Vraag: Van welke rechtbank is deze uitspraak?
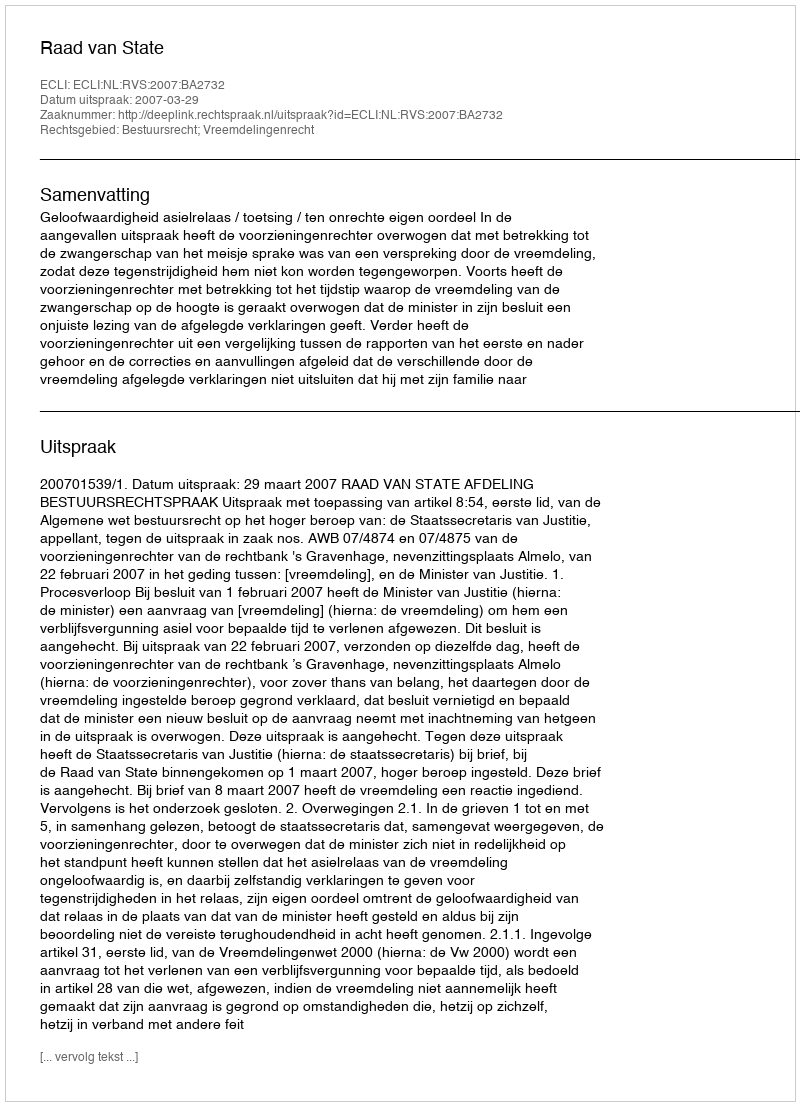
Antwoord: Raad van State